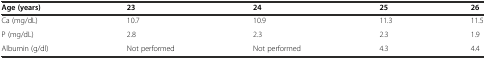
| Age (years) | 23 | 24 | 25 | 26 |
 | --- | --- | --- | --- | --- |
 | Ca (mg/dL) | 10.7 | 10.9 | 11.3 | 11.5 |
 | P (mg/dL) | 2.8 | 2.3 | 2.3 | 1.9 |
 | Albumin (g/dl) | Not performed | Not performed | 4.3 | 4.4 |